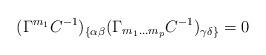
LaTeX: \begin{align*}(\Gamma ^{{ m}_{{ 1}}}C^{-{ 1}})_{\{\alpha\beta } (\Gamma _{{ m}_{{ 1}}{\bf ...}{ m}_{{ p}}} C^{-{ 1}})_{\gamma\delta \}} = 0\end{align*}